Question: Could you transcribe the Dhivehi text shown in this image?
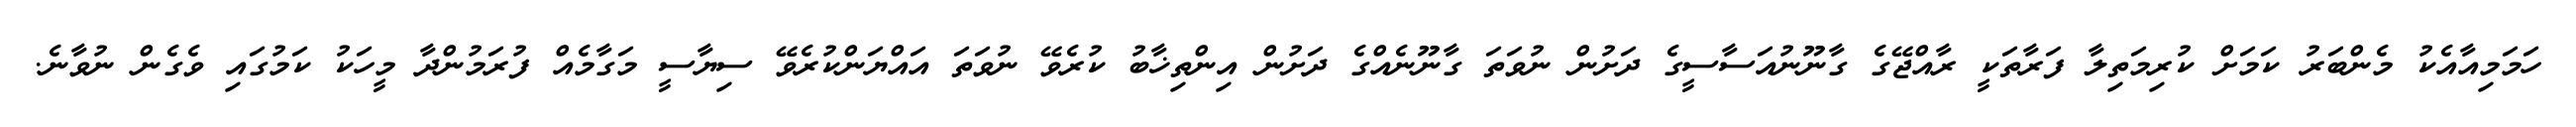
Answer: ހަމަމިއާއެކު މެންބަރު ކަމަށް ކުރިމަތިލާ ފަރާތަކީ ރާއްޖޭގެ ގާނޫނުއަސާސީގެ ދަށުން ނުވަތަ ގާނޫނެއްގެ ދަށުން އިންތިޚާބު ކުރެވޭ ނުވަތަ އައްޔަންކުރެވޭ ސިޔާސީ މަގާމެއް ފުރަމުންދާ މީހަކު ކަމުގައި ވެގެން ނުވާނެ.